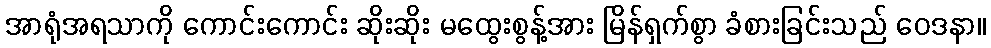
အာရုံအရသာကို ကောင်းကောင်း ဆိုးဆိုး မထွေးစွန့်အား မြိန်ရှက်စွာ ခံစားခြင်းသည် ဝေဒနာ။